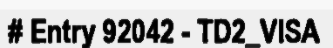
# Entry 92042 - TD2_VISA